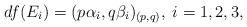
LaTeX: \begin{align*}df(E_i)&=(p\alpha_i,q\beta_i)_{(p,q)}, \; i=1,2,3,\end{align*}